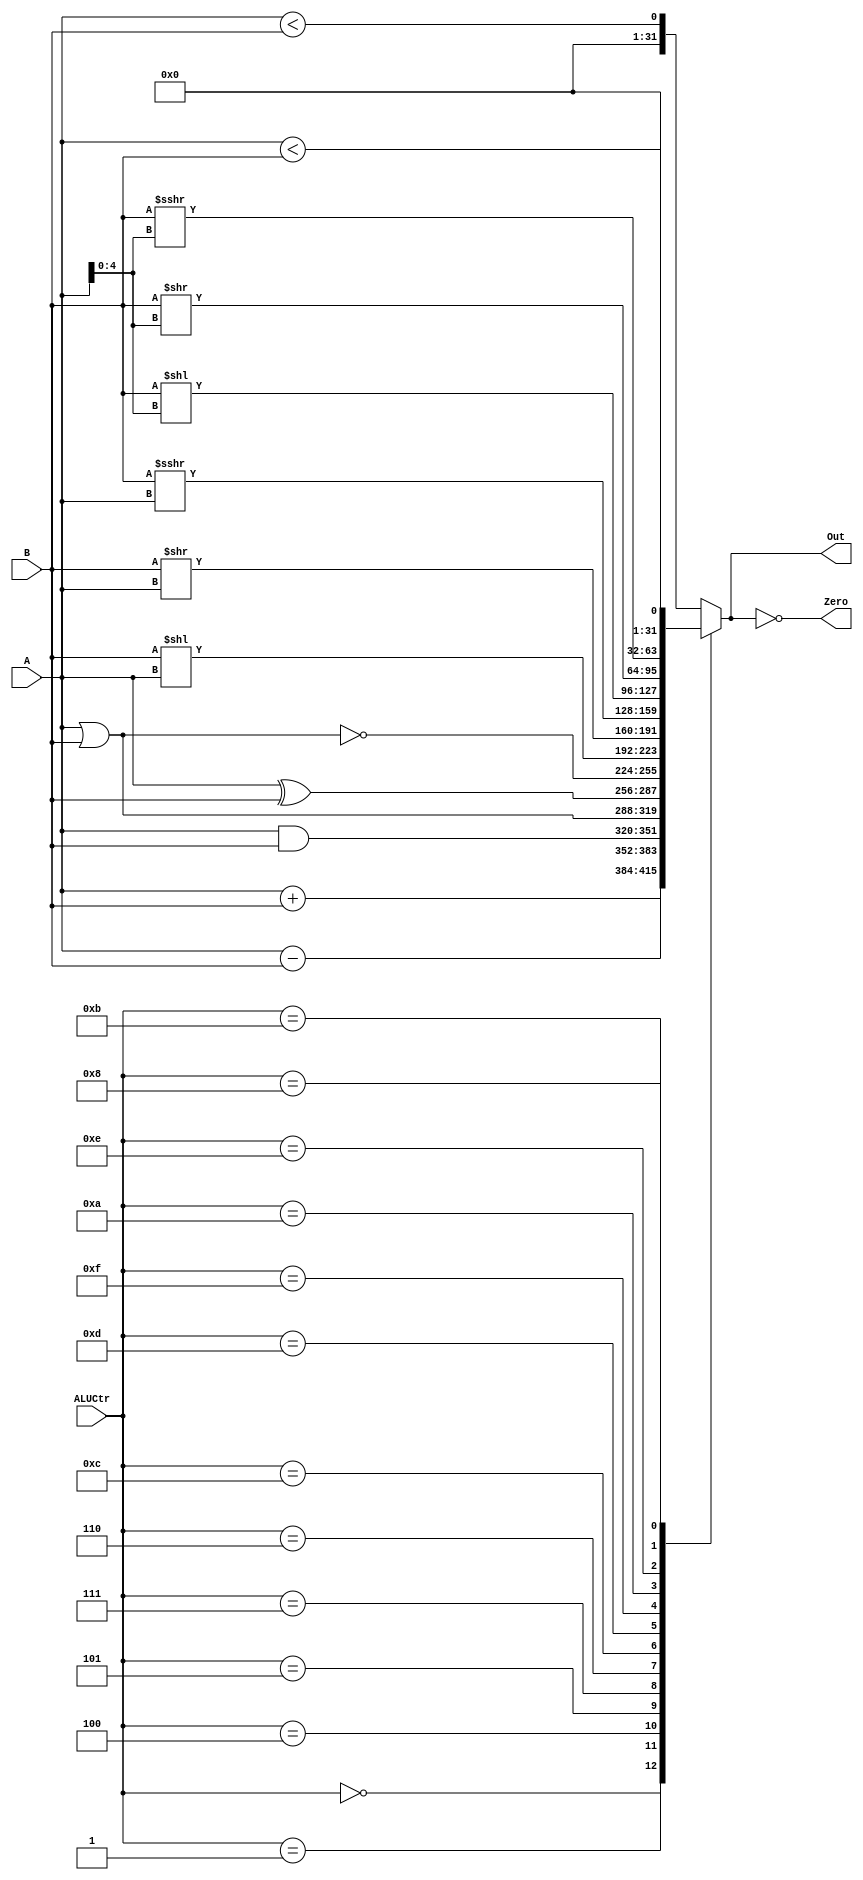
`timescale 1ns / 1ps
//////////////////////////////////////////////////////////////////////////////////
// Company: 
// Engineer: 
// 
// Design Name: 
// Module Name:    ALU 
// Project Name: 
// Target Devices: 
// Tool versions: 
// Description: 
//
// Dependencies: 
//
// Revision: 
// Revision 0.01 - File Created
// Additional Comments: 
//
//////////////////////////////////////////////////////////////////////////////////
module ALU(
    input [31:0] A,
    input [31:0] B,
    input [3:0] ALUCtr,
    output [31:0] Out,
    output Zero
    );
	 
	 reg [31:0] OutReg = 32'b0;
	 
	 assign Out = OutReg;
	 assign Zero = OutReg == 32'b0;
	 //, , , , , , , , , , 
	 //localparam SUB = 3'b001;
	 //localparam OR = 3'b010;
	 //localparam LESS = 3'b011;
	 //localparam LOGICLEFTSHIFT = 3'b100;
	 localparam ADD = 4'b0000;
	 localparam SUB = 4'b0001;
	 
	 
	 localparam AND = 4'b0100;
	 localparam OR = 4'b0101;
	 localparam XOR = 4'b0111;
	 localparam NOR = 4'b0110;
	 
	 localparam LOGICLEFTSHIFT = 4'b1100;
	 localparam LOGICRIGHTSHIFT = 4'b1101;
	 localparam ARITHMETICRIGHTSHIFT = 4'b1111;
	 localparam LOGICLEFTSHIFT1 = 4'b1010;
	 localparam LOGICRIGHTSHIFT1 = 4'b1110;
	 localparam ARITHMETICRIGHTSHIFT1 = 4'b1011;
	 
	 localparam SLT = 4'b1000;
	 localparam SLTU = 4'b1001;
	 
	 always @* begin
	     case (ALUCtr)
				ADD : OutReg <= A + B;
				SUB : OutReg <= A - B;
				
				AND : OutReg <= A & B;
				OR : OutReg <= A | B;
				XOR : OutReg <= A ^ B;
				NOR : OutReg <= ~(A|B);
				
				
				LOGICLEFTSHIFT : OutReg <= B << A;//sll 
				LOGICRIGHTSHIFT : OutReg <= B >> A;//slr
				ARITHMETICRIGHTSHIFT : OutReg <= ($signed(B)) >>> A;//sra
				LOGICLEFTSHIFT1 : OutReg <= B << A[4:0]; //sllv
				LOGICRIGHTSHIFT1 : OutReg <= B >> A[4:0]; //slrv
				ARITHMETICRIGHTSHIFT1 : OutReg <= ($signed(B)) >>> A[4:0];//srav
				
				SLT : OutReg <= $signed(A) < $signed(B);
				default /*SLTU*/ : OutReg <= $unsigned(A) < $unsigned(B);
		      //default /*ADD*/ : OutReg <= A + B;
		  endcase
	 end

endmodule